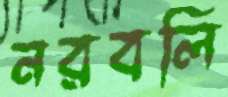
নরবলি